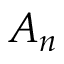
A _ { n }